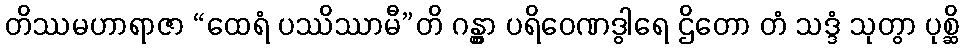
တိဿမဟာရာဇာ “ထေရံ ပဿိဿာမီ”တိ ဂန္တွာ ပရိဝေဏဒွါရေ ဌိတော တံ သဒ္ဒံ သုတွာ ပုစ္ဆိ